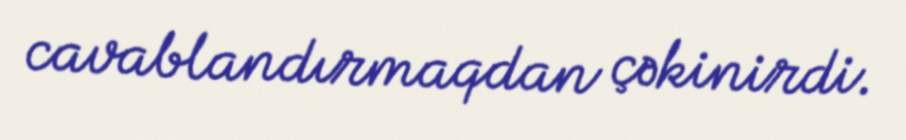
cavablandırmaqdan çəkinirdi.